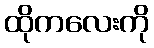
ထိုကလေးကို